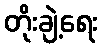
တိုးချဲ့ရေး